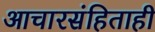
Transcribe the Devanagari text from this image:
आचारसंहिताही